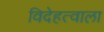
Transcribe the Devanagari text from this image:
विदेहत्वाला